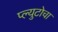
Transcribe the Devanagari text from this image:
प्ल्युटोचा